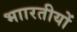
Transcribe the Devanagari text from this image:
भाारतीयों